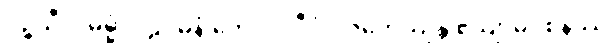
ပဉ္စသီလဓမ္မံ ပါဠိဂမနံ တေလပ္ပဒီပံ ပဇဟေယျန္တိ ဧယျာမဝစနဿ